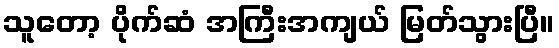
သူတော့ ပိုက်ဆံ အကြီးအကျယ် မြတ်သွားပြီ။